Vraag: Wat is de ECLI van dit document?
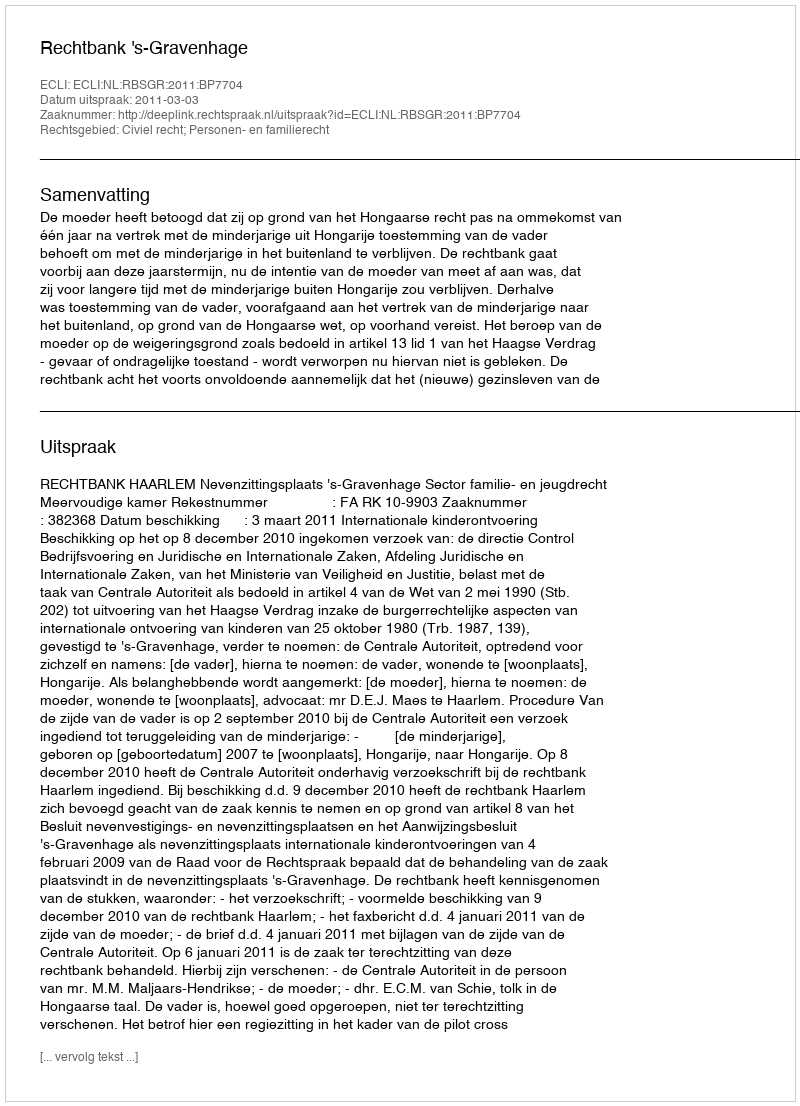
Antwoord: ECLI:NL:RBSGR:2011:BP7704